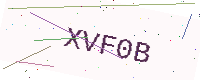
Text: XVF0B